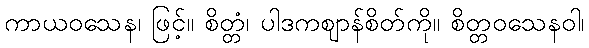
ကာယဝသေန၊ ဖြင့်။ စိတ္တံ၊ ပါဒကဈာန်စိတ်ကို။ စိတ္တဝသေနဝါ၊